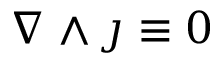
\nabla \wedge \j \equiv 0